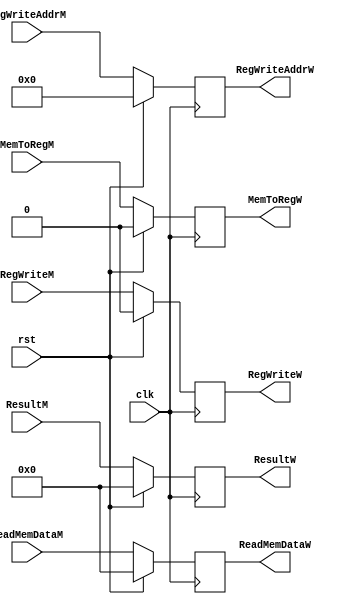
module reg_mem_wb (
    input wire        clk,
    input wire        rst,
    input wire [31:0] ResultM,
    input wire [31:0] ReadMemDataM,
    input wire [ 4:0] RegWriteAddrM,

    input wire MemToRegM,
    input wire RegWriteM,

    output reg [31:0] ResultW,
    output reg [31:0] ReadMemDataW,
    output reg [ 4:0] RegWriteAddrW,

    output reg MemToRegW,
    output reg RegWriteW
);

  always @(posedge clk) begin
    if (rst) begin
      ResultW       <= 32'h0;
      ReadMemDataW  <= 32'h0;
      RegWriteAddrW <= 5'b0;
      MemToRegW     <= 1'b0;
      RegWriteW     <= 1'b0;
    end else begin
      ResultW       <= ResultM;
      ReadMemDataW  <= ReadMemDataM;
      RegWriteAddrW <= RegWriteAddrM;
      MemToRegW     <= MemToRegM;
      RegWriteW     <= RegWriteM;
    end
  end

endmodule